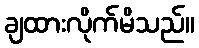
ချထားလိုက်မိသည်။